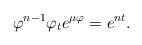
LaTeX: \begin{align*}\varphi^{n-1}\varphi_te^{\mu\varphi}= e^{nt}.\end{align*}